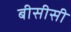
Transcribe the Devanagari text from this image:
बीसीसी